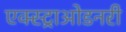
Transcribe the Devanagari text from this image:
एक्स्ट्राओडनरी